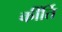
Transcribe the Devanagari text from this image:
कींर्ति